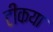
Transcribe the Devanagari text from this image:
टीकया